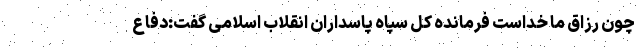
چون رزاق ما خداست فرمانده کل سپاه پاسداران انقلاب اسلامی گفت:دفاع